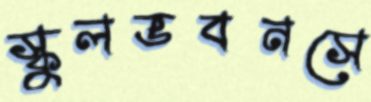
স্কুলভবনসে